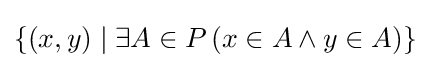
\{(x,y)\mid \exists A\in P\,(x\in A\wedge y\in A)\}